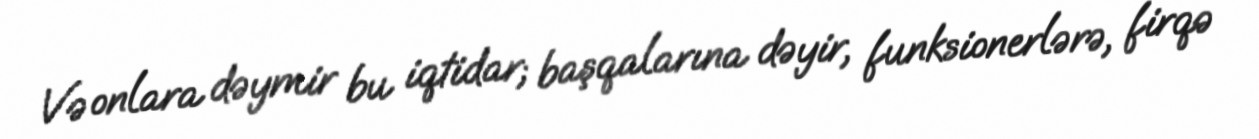
Və onlara dəymir bu iqtidar; başqalarına dəyir, funksionerlərə, firqə